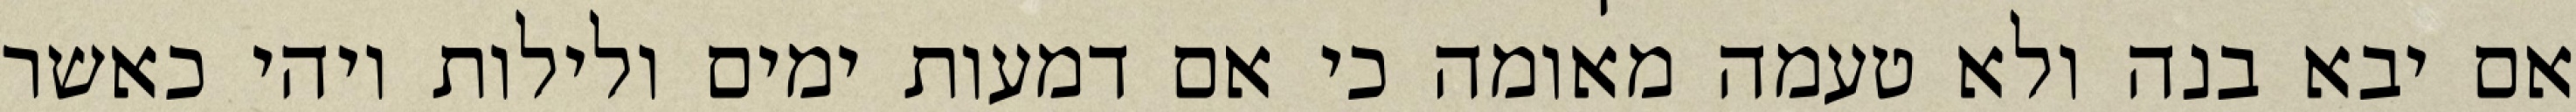
אם יבא בנה ולא טעמה מאומה כי אם דמעות ימים ולילות ויהי כאשר